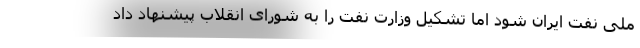
ملی نفت ایران شود اما تشکیل وزارت نفت را به شورای انقلاب پیشنهاد داد